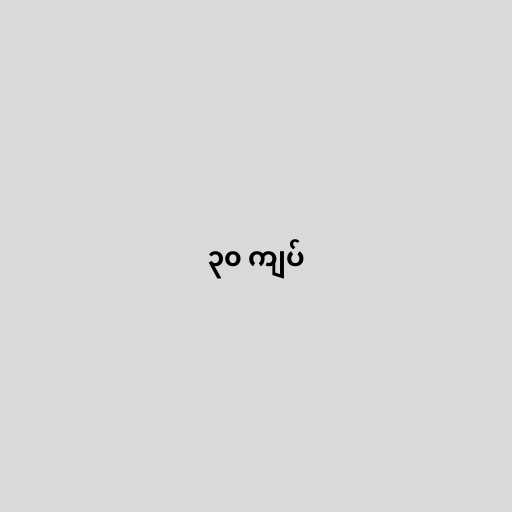
၃၀ ကျပ်